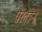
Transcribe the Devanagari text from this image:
पेरतीने